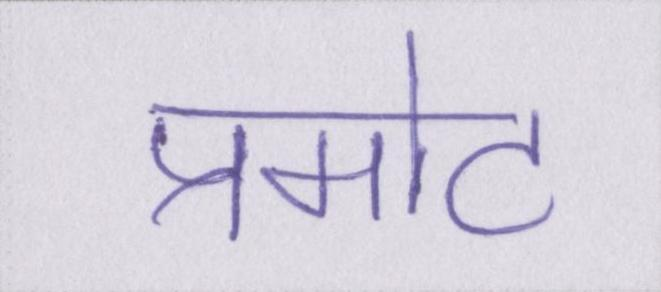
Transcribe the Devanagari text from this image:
प्रमोट